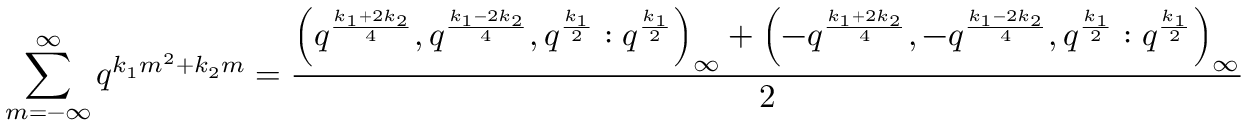
\sum _ { m = - \infty } ^ { \infty } q ^ { k _ { 1 } m ^ { 2 } + k _ { 2 } m } = \frac { \left( q ^ { \frac { k _ { 1 } + 2 k _ { 2 } } { 4 } } , q ^ { \frac { k _ { 1 } - 2 k _ { 2 } } { 4 } } , q ^ { \frac { k _ { 1 } } { 2 } } : q ^ { \frac { k _ { 1 } } { 2 } } \right) _ { \infty } + \left( - q ^ { \frac { k _ { 1 } + 2 k _ { 2 } } { 4 } } , - q ^ { \frac { k _ { 1 } - 2 k _ { 2 } } { 4 } } , q ^ { \frac { k _ { 1 } } { 2 } } : q ^ { \frac { k _ { 1 } } { 2 } } \right) _ { \infty } } { 2 }